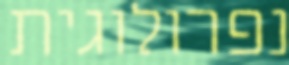
נפרולוגית